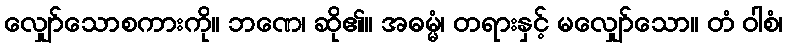
လျှော်သောစကားကို။ ဘဏေ၊ ဆို၏။ အဓမ္မံ၊ တရားနှင့် မလျှော်သော။ တံ ဝါစံ၊